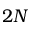
2 N